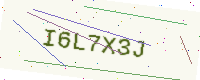
Text: I6L7X3J